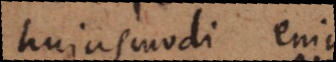
hujusmodi enim